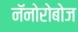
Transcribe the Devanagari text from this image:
नॅनोरोबोज